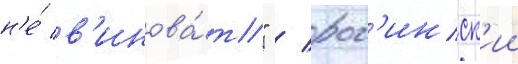
н'е́ в'инова́т" / рог'инск'ии